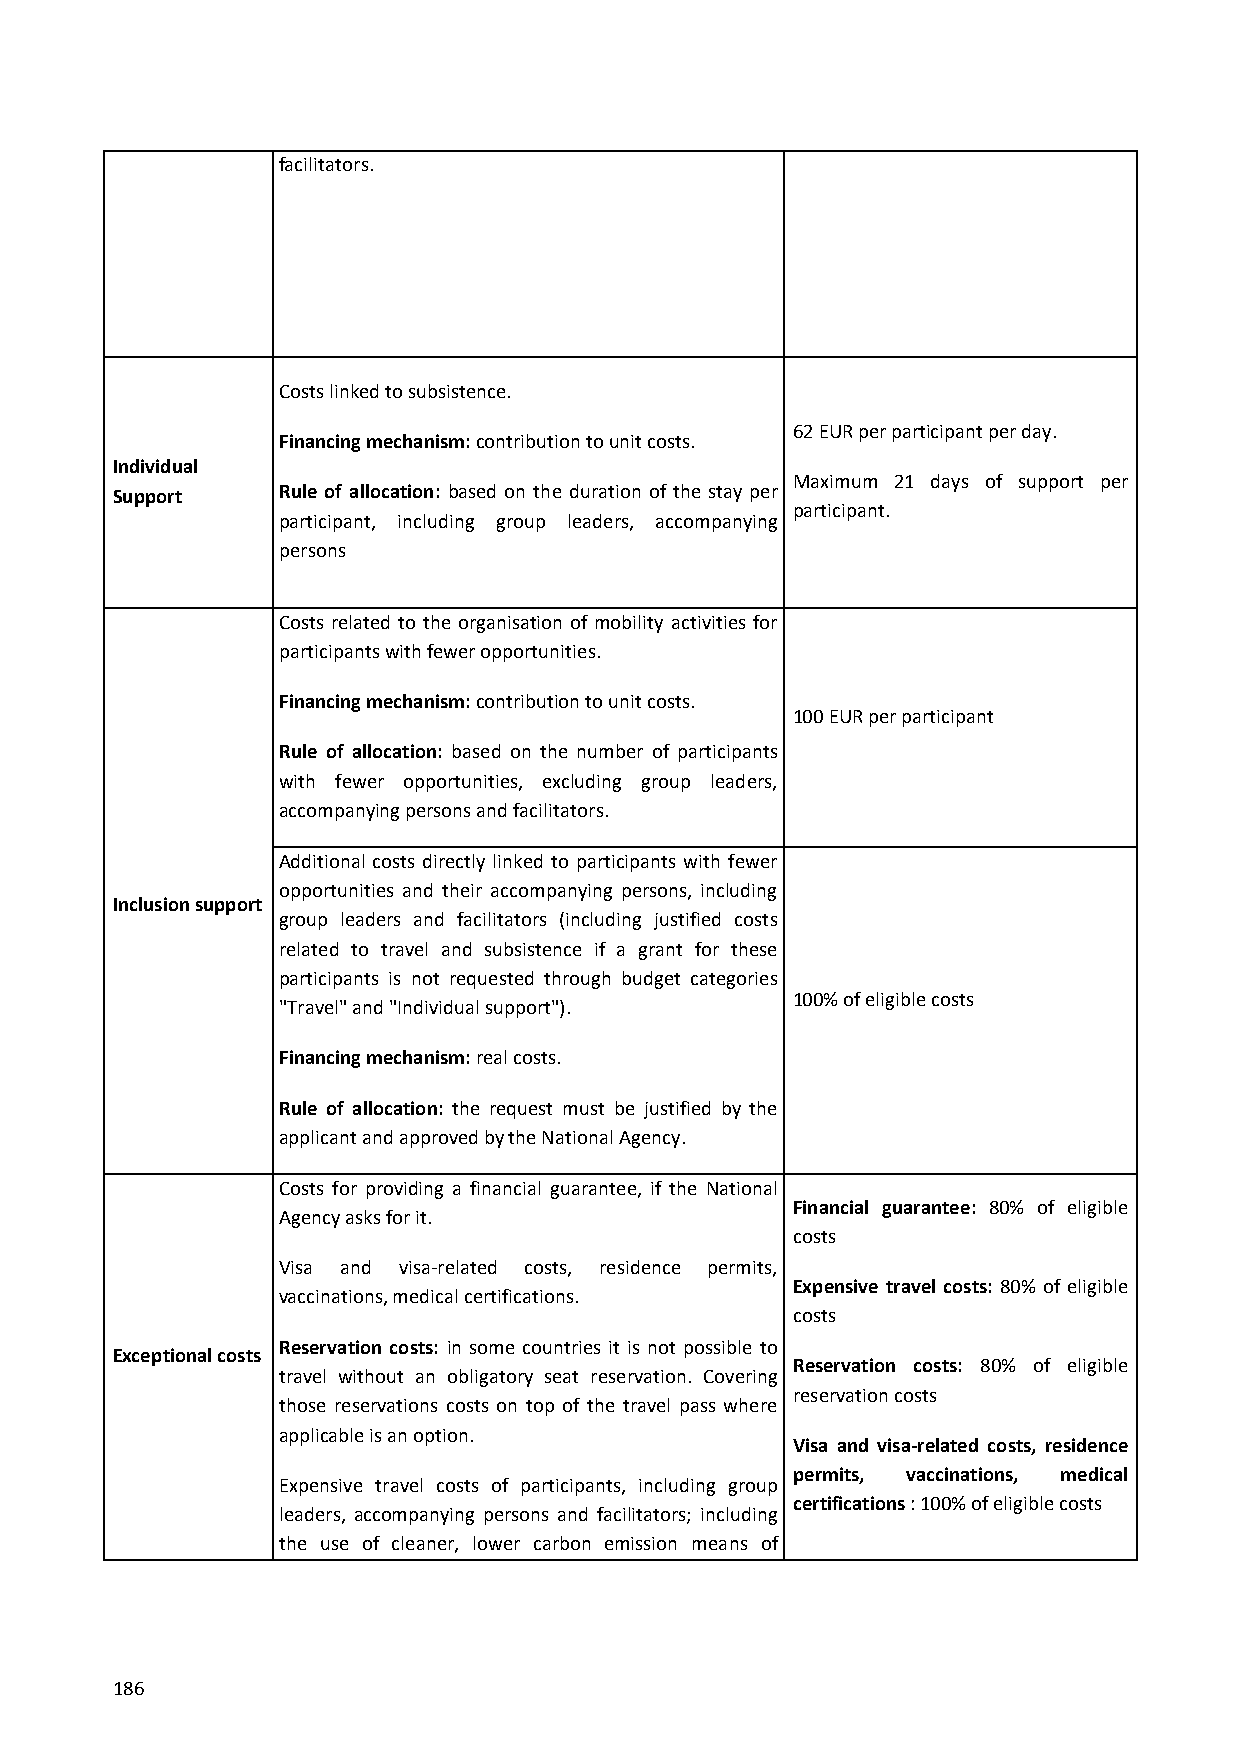
facilitators.
 Costs linked to subsistence.
 62 EUR per participant per day.
 Financing mechanism: contribution to unit costs.
 Individual
 Maximum 21 days of support per
 Support    Rule of allocation: based on the duration of the stay per
 participant.
 participant, including group leaders, accompanying
 persons
 Costs related to the organisation of mobility activities for
 participants with fewer opportunities.
 Financing mechanism: contribution to unit costs.
 100 EUR per participant
 Rule of allocation: based on the number of participants
 with fewer opportunities, excluding group leaders,
 accompanying persons and facilitators.
 Additional costs directly linked to participants with fewer
 opportunities and their accompanying persons, including
 Inclusion support
 group leaders and facilitators (including justified costs
 related to travel and subsistence if a grant for these
 participants is not requested through budget categories
 100% of eligible costs
 "Travel" and "Individual support").
 Financing mechanism: real costs.
 Rule of allocation: the request must be justified by the
 applicant and approved by the National Agency.
 Costs for providing a financial guarantee, if the National
 Financial guarantee: 80% of eligible
 Agency asks for it.
 costs
 Visa and visa-related costs, residence permits,
 Expensive travel costs: 80% of eligible
 vaccinations, medical certifications.
 costs
 Reservation costs: in some countries it is not possible to
 Exceptional costs
 Reservation costs: 80% of eligible
 travel without an obligatory seat reservation. Covering
 reservation costs
 those reservations costs on top of the travel pass where
 applicable is an option.
 Visa and visa-related costs, residence
 permits, vaccinations, medical
 Expensive travel costs of participants, including group
 certifications : 100% of eligible costs
 leaders, accompanying persons and facilitators; including
 the use of cleaner, lower carbon emission means of
 186